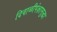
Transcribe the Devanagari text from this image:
दिवाळीपेक्षासुद्धा